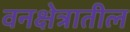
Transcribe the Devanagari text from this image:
वनक्षेत्रातील